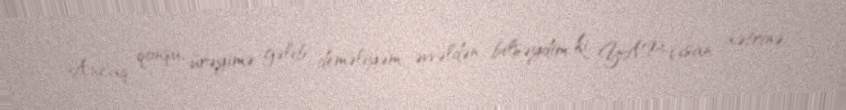
Ancaq qonşu, ürəyimə gəlib deməliyəm, əvvəldən bilsəydim ki, YAP-çısan, xətrinə